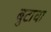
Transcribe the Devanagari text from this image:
बुटाचा